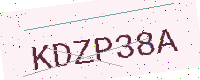
Text: KDZP38A